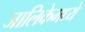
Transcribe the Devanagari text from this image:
जालिकेमध्ये